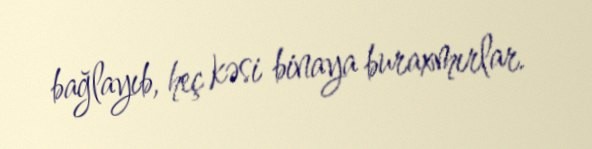
bağlayıb, heç kəsi binaya buraxmırlar.